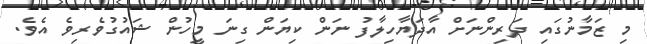
މި ޒަމާނުގައި ދަރިންނަށް އާދަޔާހިލާފު ނަން ކިޔަން ގިނަ މީހުން ޝައުގުވެރިވެ އެވެ.